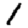
Digit: 1